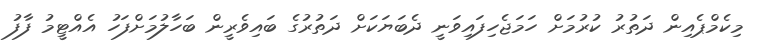
މިކެމްޕެއިން ދަތުރު ކުރުމަށް ހަމަޖެހިފައިވަނީ ދެބަޔަކަށް ދަތުރުގެ ބައިވެރީން ބަހާލުމަށްފަހު އެއްޓީމު ފާފު